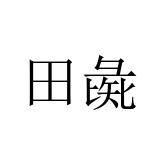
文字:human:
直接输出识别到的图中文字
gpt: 田彘